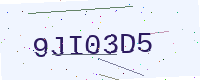
Text: 9JI03D5